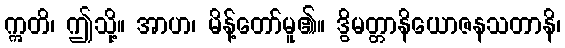
ဣတိ၊ ဤသို့။ အာဟ၊ မိန့်တော်မူ၏။ ဒွိမတ္တာနိယောဇနသတာနိ၊